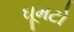
ઘૂમટો